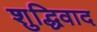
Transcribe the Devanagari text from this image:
शुद्धिवाद